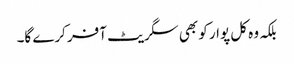
بلکہ وہ کل پوار کو بھی سگریٹ آفر کرے گا۔